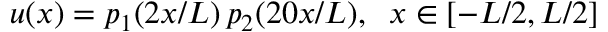
u ( x ) = p _ { 1 } ( 2 x / L ) \, p _ { 2 } ( 2 0 x / L ) , \; \; x \in [ - L / 2 , L / 2 ]